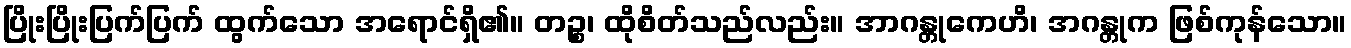
ပြိုးပြိုးပြက်ပြက် ထွက်သော အရောင်ရှိ၏။ တဉ္စ၊ ထိုစိတ်သည်လည်း။ အာဂန္တုကေဟိ၊ အဂန္တုက ဖြစ်ကုန်သော။